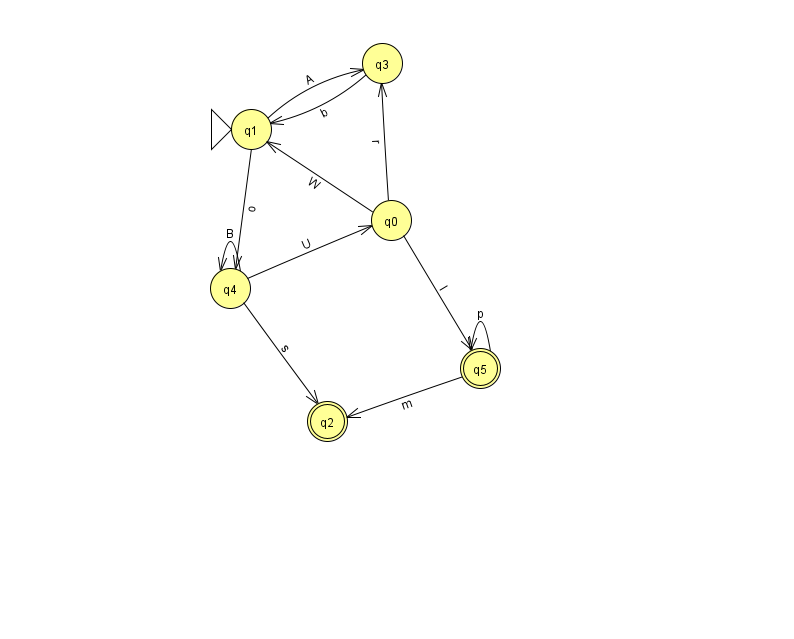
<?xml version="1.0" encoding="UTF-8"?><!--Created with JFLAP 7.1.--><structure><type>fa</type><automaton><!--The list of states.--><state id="0" name="q0"><x>391.0</x><y>207.0</y></state><state id="1" name="q1"><x>251.0</x><y>116.0</y><initial/></state><state id="2" name="q2"><x>327.0</x><y>408.0</y><final/></state><state id="3" name="q3"><x>382.0</x><y>50.0</y></state><state id="4" name="q4"><x>230.0</x><y>275.0</y></state><state id="5" name="q5"><x>480.0</x><y>355.0</y><final/></state><!--The list of transitions.--><transition><from>0</from><to>5</to><read>l</read></transition><transition><from>5</from><to>5</to><read>p</read></transition><transition><from>4</from><to>2</to><read>s</read></transition><transition><from>4</from><to>0</to><read>U</read></transition><transition><from>4</from><to>4</to><read>B</read></transition><transition><from>5</from><to>2</to><read>m</read></transition><transition><from>1</from><to>4</to><read>o</read></transition><transition><from>0</from><to>3</to><read>r</read></transition><transition><from>0</from><to>1</to><read>W</read></transition><transition><from>3</from><to>1</to><read>b</read></transition><transition><from>1</from><to>3</to><read>A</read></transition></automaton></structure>